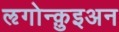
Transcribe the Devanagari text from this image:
ऌगोन्क़ुइअन